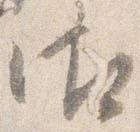
御